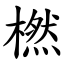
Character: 橪